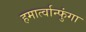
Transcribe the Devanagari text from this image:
हमार्त्वान्फुंगा